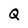
Character: Q